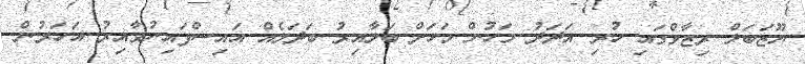
ޔޫޒަބަލް ރިޒާވްގައި ހުރި އަދަދު މަހުން މަހަށް ބަލާއިރު ބަދަލެއް އައިސްފައިނުވާއިރު އަހަރުން